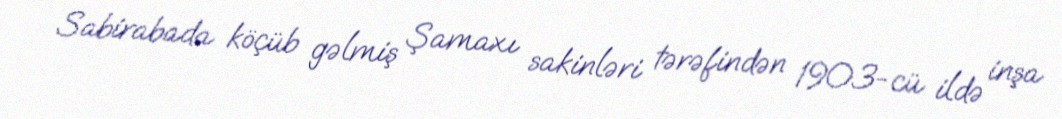
Sabirabada köçüb gəlmiş Şamaxı sakinləri tərəfindən 1903-cü ildə inşa